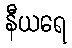
နီယရေ